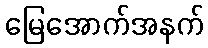
မြေအောက်အနက်